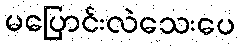
မပြောင်းလဲသေးပေ